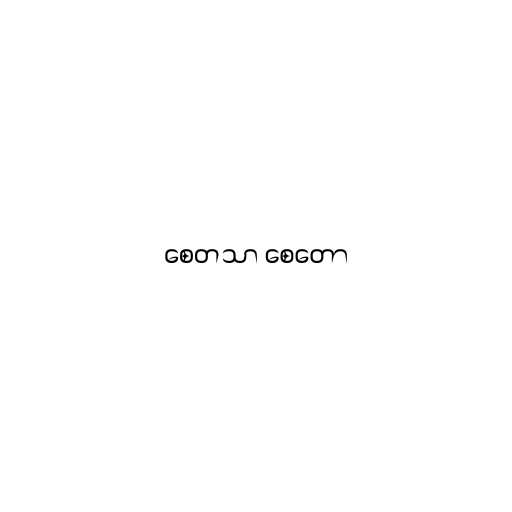
စေတသာ စေတော